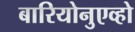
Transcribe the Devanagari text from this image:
बारियोनुएव्हो